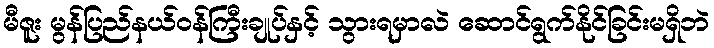
မီဇူး မွန်ပြည်နယ်ဝန်ကြီးချုပ်နှင့် သွားရမှာလဲ ဆောင်ရွက်နိုင်ခြင်းမရှိဘဲ